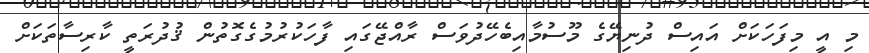
މި އީ މިފަހަކަށް އައިސް ދުނިޔޭގެ މޫސުމާއިބެހޭދުވަސް ރާއްޖޭގައި ފާހަކުރުމުގެގޮތުން ޤުދުރަތީ ކާރިސާތަކަށް